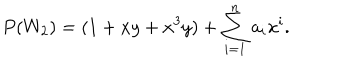
P ( W _ { 2 } ) = ( 1 + x y + x ^ { 3 } y ) + \sum _ { i = 1 } ^ { n } a _ { i } x ^ { i } .